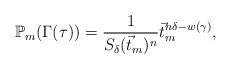
LaTeX: \begin{align*}\mathbb{P}_{m}(\Gamma(\tau))=\frac{1}{S_{\delta}(\vec{t}_{m})^{n}}\vec{t}_{m}^{n\delta-w(\gamma)},\end{align*}